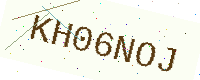
Text: KH06NOJ